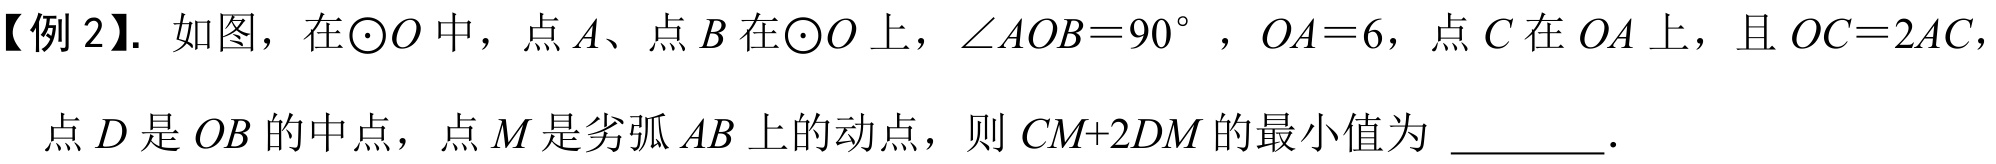
【例 2】. 如图，在$\odot O$中，点$A$、点$B$在$\odot O$上，$\angle AOB = 90^{\circ}$，$OA = 6$，点$C$在$OA$上，且$OC = 2AC$，
点$D$是$OB$的中点，点$M$是劣弧$AB$上的动点，则$CM + 2DM$的最小值为  ．